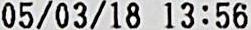
05/03/18 13:56